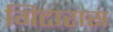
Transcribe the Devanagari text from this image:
गिटारास